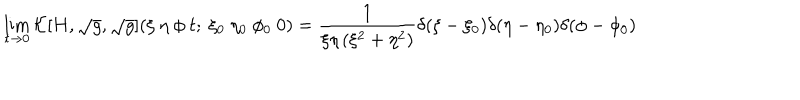
LaTeX: \lim _ { t \rightarrow 0 } { \cal K } [ H , \sqrt { g } , \sqrt { g } ] ( \xi ~ \eta ~ \phi ~ t ; ~ \xi _ { 0 } ~ \eta _ { 0 } ~ \phi _ { 0 } ~ 0 ) = \frac { 1 } { \xi \eta \left( \xi ^ { 2 } + \eta ^ { 2 } \right) } \delta ( \xi - \xi _ { 0 } ) \delta ( \eta - \eta _ { 0 } ) \delta ( \phi - \phi _ { 0 } )